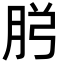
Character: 𮌏